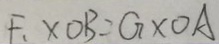
F _ { 1 } \times O B = G \times O A